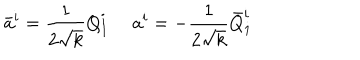
LaTeX: \bar { a } ^ { i } = { \frac { 1 } { 2 \sqrt { k } } } Q _ { 1 } ^ { i } \ a ^ { i } = - { \frac { 1 } { 2 \sqrt { k } } } \bar { Q } _ { \dot { 1 } } ^ { i }